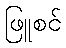
ဖြူစင်